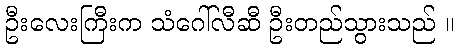
ဦးလေးကြီးက သံဂေါ်လီဆီ ဦးတည်သွားသည် ။